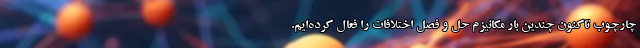
چارچوب تاکنون چندین بار مکانیزم حل و فصل اختلافات را فعال کرده‌ایم.